Annual report on the working of the mental hospitals in the Madras Presidency - 1912-1932
Year: 1912
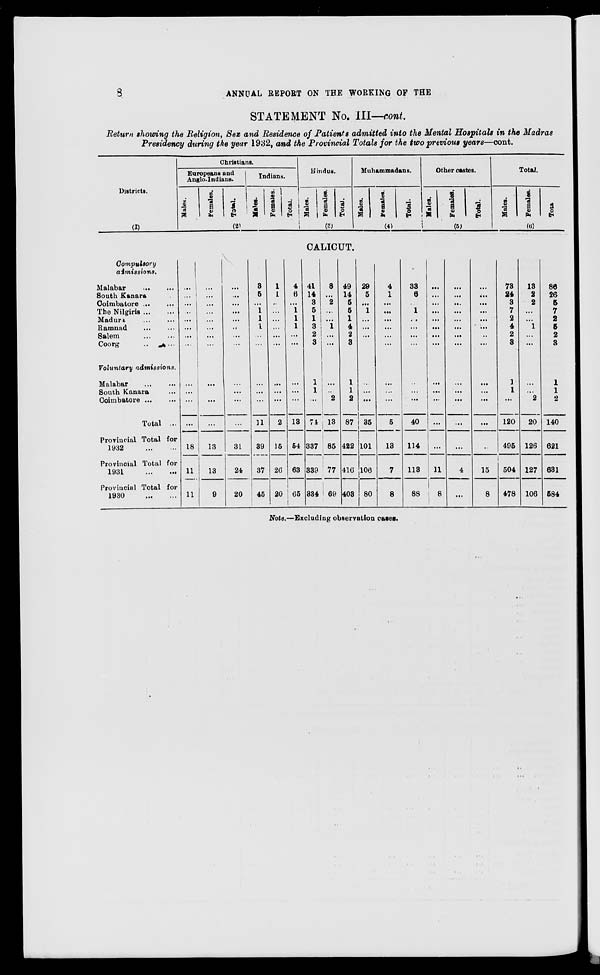
8
ANNUAL REPORT ON THE WORKING OF THE
STATEMENT No. III—cont.
Return showing the Religion, Sex and Residence of Patients admitted into the Mental Hospitals in the Madras
Presidency during the year 1932, and the Provincial Totals for the two previous years—cont.
Districts.
(1)
Compulsory
admissions.
Malabar
...
South Kanara ...
Coimbatore ... ...
The Nilgiris ... ...
Madura
...
...
Ramnad ... ...
Salem
...
...
Coorg ... ...
Voluntary admissions.
Malabar ... ...
South Kanara ...
Coimbatore ... ...
Total ...
Provincial Total for
1932
...
...
Provincial Total for
1931
...
...
Provincial Total for
1930
...
...
Christians.
Europeans and
Anglo-Indians.
Males.
Females.
Total.
Indians.
Males.
Females.
Total.
(2)
Hindus.
Males.
Females.
Total.
(3)
Muhammadans.
Males.
Females.
Total.
(4)
Other castes.
Males.
Females.
Total.
(5)
Total.
Males.
Females.
Total.
(6)
CALICUT.
...
...
...
...
...
...
...
...
...
...
...
...
18
11
11
...
...
...
...
...
...
...
...
...
...
...
...
13
13
9
...
...
...
...
...
...
...
...
...
...
...
...
31
24
20
3
5
...
1
1
1
...
...
...
...
...
11
39
37
45
1
1
...
...
...
...
...
...
...
...
...
2
15
26
20
4
6
...
1
1
1
...
...
...
...
...
13
54
63
65
41
14
3
5
1
3
2
3
1
1
...
74
337
339
334
8
...
2
...
...
1
...
...
...
...
2
13
85
77
69
49
14
5
5
1
4
2
3
1
1
2
87
422
416
403
29
5
...
1
...
...
...
...
...
...
...
35
101
106
80
4
1
...
...
...
...
...
...
...
...
...
5
13
7
8
33
6
...
1
...
...
...
...
...
...
...
40
114
113
88
...
...
...
...
...
...
...
...
...
...
...
...
...
11
8
...
...
...
...
...
...
...
...
...
...
...
...
...
4
...
...
...
...
...
...
...
...
...
...
...
...
...
...
15
8
73
24
3
7
2
4
2
3
1
1
...
120
495
504
478
13
2
2
...
...
1
...
...
...
...
2
20
126
127
106
86
26
5
7
2
5
2
3
1
1
2
140
621
631
584
Note.—Excluding observation cases.